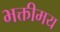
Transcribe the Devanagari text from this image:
भक्तीमय